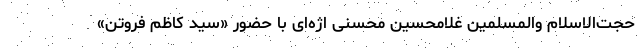
حجت‌الاسلام والمسلمین غلامحسین محسنی اژه‌ای با حضور «سید کاظم فروتن»